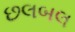
છલબલ